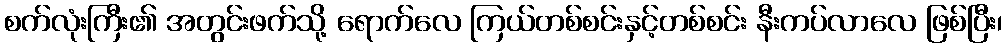
စက်လုံးကြီး၏ အတွင်းဖက်သို့ ရောက်လေ ကြယ်တစ်စင်းနှင့်တစ်စင်း နီးကပ်လာလေ ဖြစ်ပြီး၊